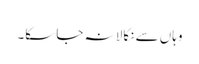
وہاں سے نکالا نہ جا سکا۔